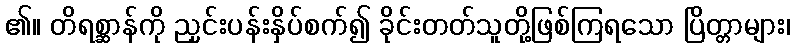
၏။ တိရစ္ဆာန်ကို ညှင်းပန်းနှိပ်စက်၍ ခိုင်းတတ်သူတို့ဖြစ်ကြရသော ပြိတ္တာများ၊